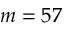
m = 5 7